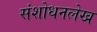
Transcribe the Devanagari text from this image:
संशोधनलेख